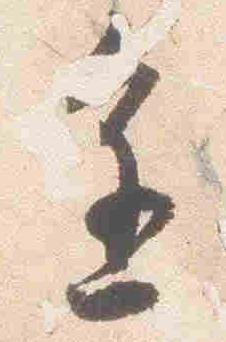
進